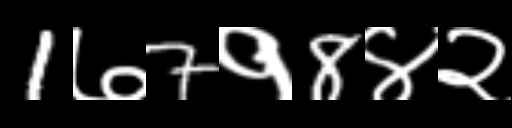
Text: 1७7१8४२